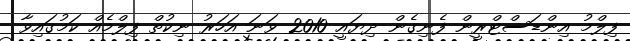
ފިލްމު އިންޑަސްޓްރީން ފެނިގެން ދިޔައީ 2010 ވަނަ އަހަރު ނިކުތް ފިލްމެއް ކަމުގައިވާ